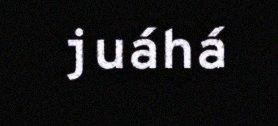
juáhá